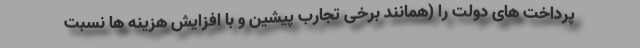
پرداخت های دولت را (همانند برخی تجارب پیشین و با افزایش هزینه ها نسبت